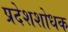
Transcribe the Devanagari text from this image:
प्रदेशशोधक